Scientific memoirs by medical officers of the Army of India - Part IX,
Year: 1895
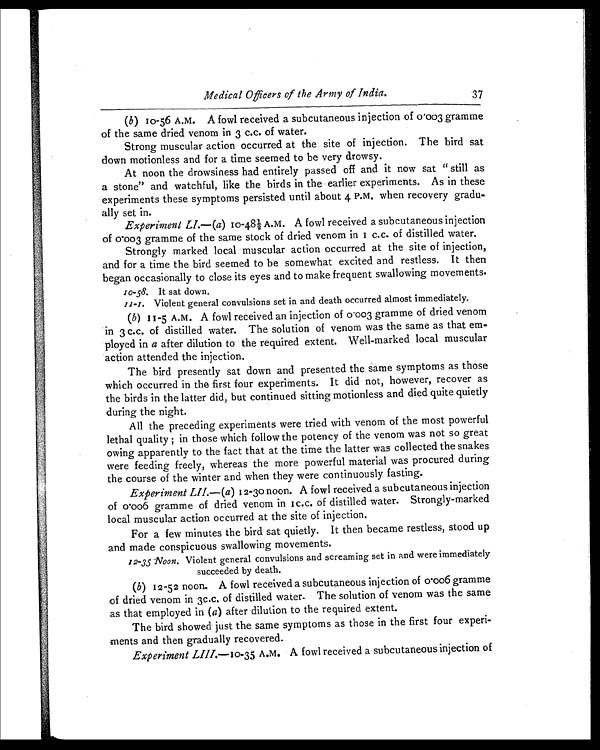
1 0 - 5 8 .
11-1.
12-35 Noon.
Medical Officers of the Army of India.
37
(b ) 10-56 A.M. A fowl received a subcutaneous injection of 0.003 gramme
of the same dried venom in 3 c.c. of water.
Strong muscular action occurred at the site of injection. The bird sat
down motionless and for a time seemed to be very drowsy.
At noon the drowsiness had entirely passed off and it now sat " still as
a stone" and watchful, like the birds in the earlier experiments. As in these
experiments these symptoms persisted until about 4 P.M. when recovery gradu-
ally set in.
Experiment LI.— (a) 1 0 - 4 8 ½ A . M . A f o w l r e c e i v e d a s u b c u t a n e o u s i n j e c t i o n
of 0.003 gramme of the same stock of dried venom in 1 c.c. of distilled water.
Strongly marked local muscular action occurred at the site of injection,
and for a time the bird seemed to be somewhat excited and restless. It then
began occasionally to close its eyes and to make frequent swallowing movements.
It sat down.
Violent general convulsions set in and death occurred almost immediately.
(b) 11-5 A.M. A fowl received an injection of 0.003 gramme of dried venom
in 3 c.c. of distilled water. The solution of venom was the same as that em-
ployed in a after dilution to the required extent. Well-marked local muscular
action attended the injection.
The bird presently sat down and presented the same symptoms as those
which occurred in the first four experiments. It did not, however, recover as
the birds in the latter did, but continued sitting motionless and died quite quietly
during the night.
All the preceding experiments were tried with venom of the most powerful
lethal quality ; in those which follow the potency of the venom was not so great
owing apparently to the fact that at the time the latter was collected the snakes
were feeding freely, whereas the more powerful material was procured during
the course of the winter and when they were continuously fasting.
Experiment LII.— (a) 12-30 noon. A fowl received a subcutaneous injection
of 0.006 gramme of dried venom in 1 c.c. of distilled water. Strongly-marked
local muscular action occurred at the site of injection.
For a few minutes the bird sat quietly. It then became restless, stood up
and made conspicuous swallowing movements.
Violent general convulsions and screaming set in and were immediately
succeeded by death.
(b) 12-52 noon. A fowl received a subcutaneous injection of 0.006 gramme
of dried venom in 3c.c, of distilled water. The solution of venom was the same
as that employed in ( a) after dilution to the required extent.
The bird showed just the same symptoms as those in the first four experi-
ments and then gradually recovered.
Experiment LIII.—10-35 A.M. A fowl received a subcutaneous injection of